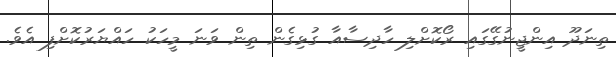
ތިނަދޫ އިންޖީނުގޭގައި ރޯކޮށްލި ހާދިސާއާ ގުޅިގެން ތިން ވަނަ މީހަކު ހައްޔަރުކޮށްފި އެވެ.